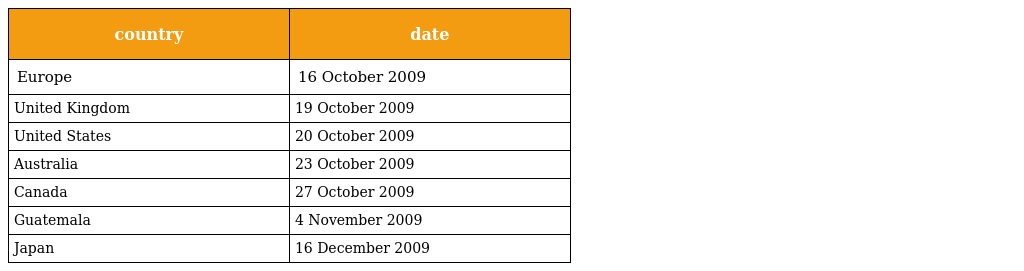
| country | date |
 | --- | --- |
 | Europe | 16 October 2009 |
 | United Kingdom | 19 October 2009 |
 | United States | 20 October 2009 |
 | Australia | 23 October 2009 |
 | Canada | 27 October 2009 |
 | Guatemala | 4 November 2009 |
 | Japan | 16 December 2009 |